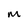
Character: m